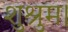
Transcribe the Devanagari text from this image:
शुश्रुम।